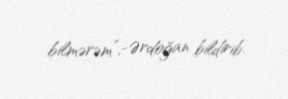
bilmərəm”,-Ərdoğan bildirib.